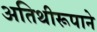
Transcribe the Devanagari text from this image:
अतिथीरूपाने